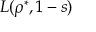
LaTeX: L ( \rho ^ { * } , 1 - s )